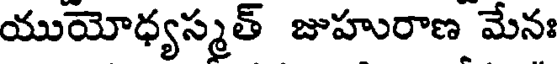
యుయోధ్యస్మత్ జుహురాణ మేనః